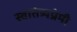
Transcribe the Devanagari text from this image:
स्वातंत्र्यप्रेमी